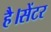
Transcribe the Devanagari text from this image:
है।सेंटर